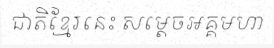
ជាតិខ្មែរនេះ សម្តេចអគ្គមហា